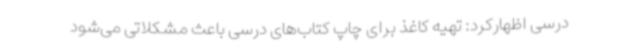
درسی اظهارکرد: تهیه کاغذ برای چاپ کتاب‌های درسی باعث مشکلاتی می‌شود